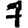
Digit: 7